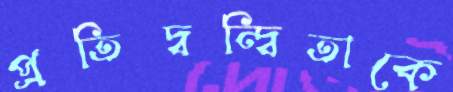
প্রতিদ্বন্দ্বিতাকে